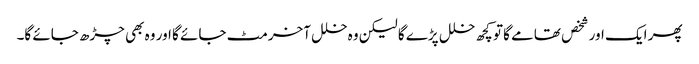
پھر ایک اور شخص تھامے گا تو کچھ خلل پڑے گا لیکن وہ خلل آخر مٹ جائے گا اور وہ بھی چڑھ جائے گا۔